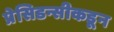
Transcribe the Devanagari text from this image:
प्रेसिडन्सीकडून